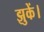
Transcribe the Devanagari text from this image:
झुकें।